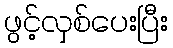
ဖွင့်လှစ်ပေးပြီး